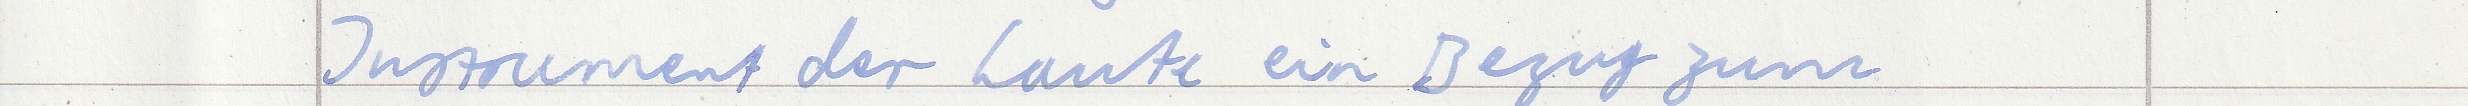
Instrument der Laute ein Bezug zum